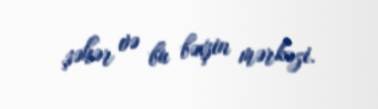
şəhər və bu bəxşin mərkəzi.